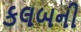
કલબની